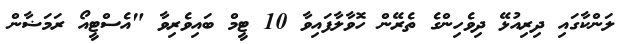
ލަންކާގައި ދިރިއުޅޭ ދިވެހިންގެ ތެރޭން ހޮވާލާފައިވާ 10 ޓީމް ބައިވެރިވާ "އެސްޓީއޯ ރަމަޟާން